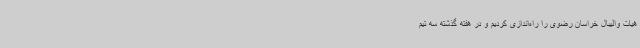
هیات والیبال خراسان رضوی را راه‌اندازی کردیم و در هفته گذشته سه تیم